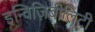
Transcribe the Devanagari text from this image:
इन्विज़िबीलिटी